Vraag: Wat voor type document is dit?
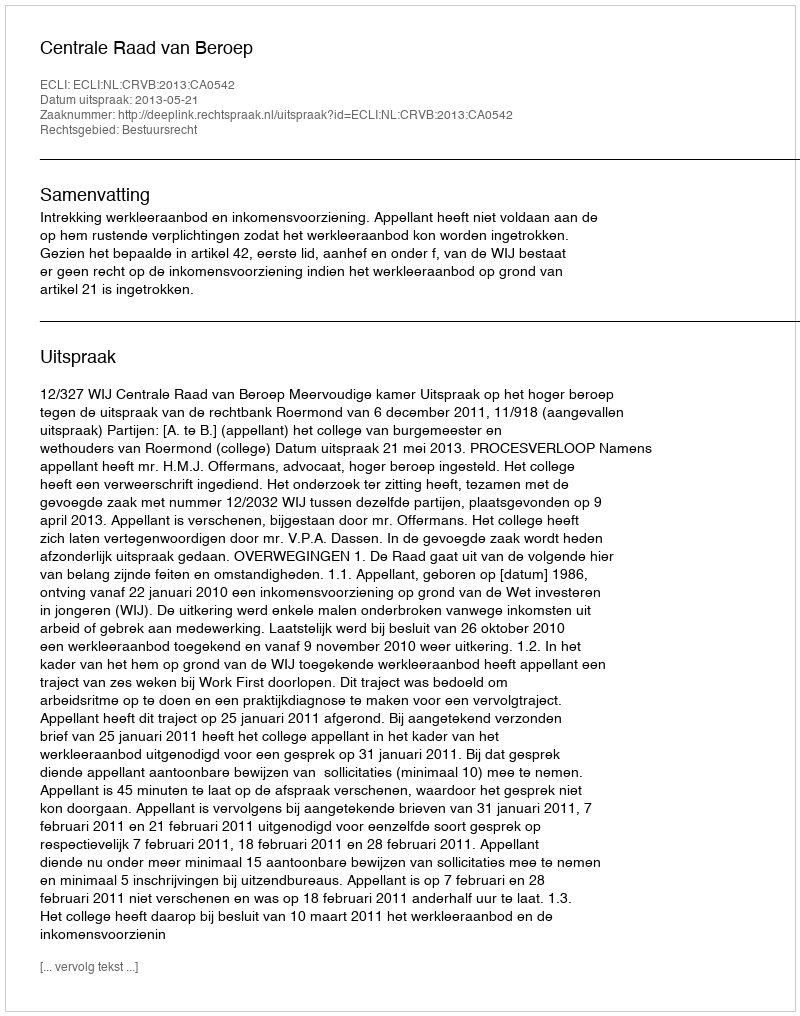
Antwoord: Uitspraak